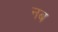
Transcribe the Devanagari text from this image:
नब